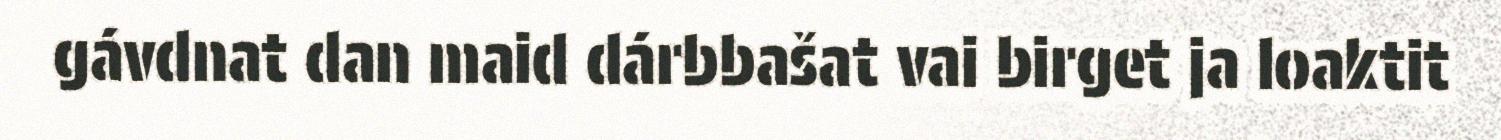
gávdnat dan maid dárbbašat vai birget ja loaktit